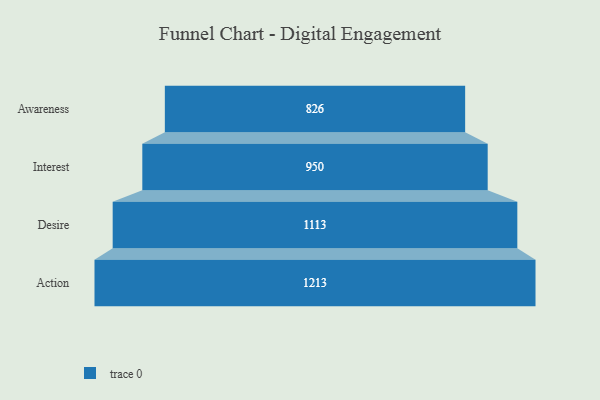
{"axis": {"x": "Stage", "y": "Value"}, "legend": [""], "data": [{"x": "Awareness", "y": 826.0, "type": ""}, {"x": "Interest", "y": 950.0, "type": ""}, {"x": "Desire", "y": 1113.0, "type": ""}, {"x": "Action", "y": 1213.0, "type": ""}]}